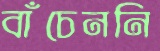
বাঁচেননি